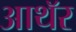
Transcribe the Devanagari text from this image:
आथॅर